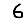
Digit: 6